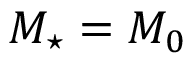
M _ { \star } = M _ { 0 }